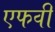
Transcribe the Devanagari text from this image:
एफवी